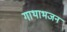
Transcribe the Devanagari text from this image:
गाथाभजन